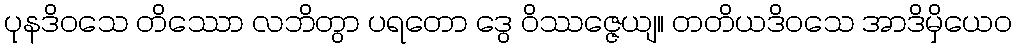
ပုနဒိဝသေ တိဿော လဘိတွာ ပရတော ဒွေ ဝိဿဇ္ဇေယျ။ တတိယဒိဝသေ အာဒိမှိယေဝ